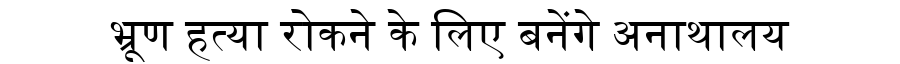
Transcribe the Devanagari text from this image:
भ्रूण हत्या रोकने के लिए बनेंगे अनाथालय